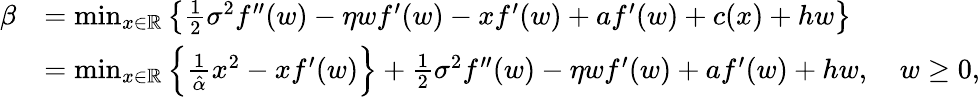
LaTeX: \begin{array}{rl}{\beta}&{=\operatorname*{min}_{x\in\mathbb{R}}\left\{ \frac{1}{2}\sigma^{2}f^{\prime\prime}(w)-\eta wf^{\prime}(w)-xf^{\prime}(w)+af^{\prime}(w)+c(x)+hw\right\} }\\ &{=\operatorname*{min}_{x\in\mathbb{R}}\left\{ \frac{1}{\hat{\alpha}}x^{2}-xf^{\prime}(w)\right\} +\frac{1}{2}\sigma^{2}f^{\prime\prime}(w)-\eta wf^{\prime}(w)+af^{\prime}(w)+hw,\quad w\ge 0,}\end{array}